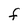
Character: F